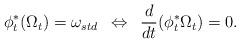
LaTeX: \begin{align*}\phi_t^*(\Omega_t)=\omega_{std}\,\,\, \Leftrightarrow \,\,\,\frac{d}{dt}( \phi_t^* \Omega_t)=0.\end{align*}